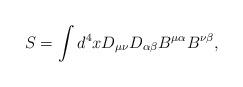
LaTeX: \begin{align*} S=\int d^4x D_{\mu\nu}D_{\alpha\beta}B^{\mu\alpha}B^{\nu\beta},\end{align*}